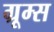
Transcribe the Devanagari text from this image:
ग्रूम्स